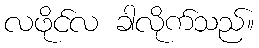
လဖိုင်လ ခါလိုက်သည်။